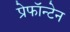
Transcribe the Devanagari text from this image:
प्रेफॉन्टेन